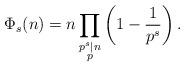
LaTeX: \begin{align*} \Phi_s(n)=n\prod\limits_{\substack{p^s\mid n\\ p }}\left(1-\frac{1}{p^s}\right). \end{align*}